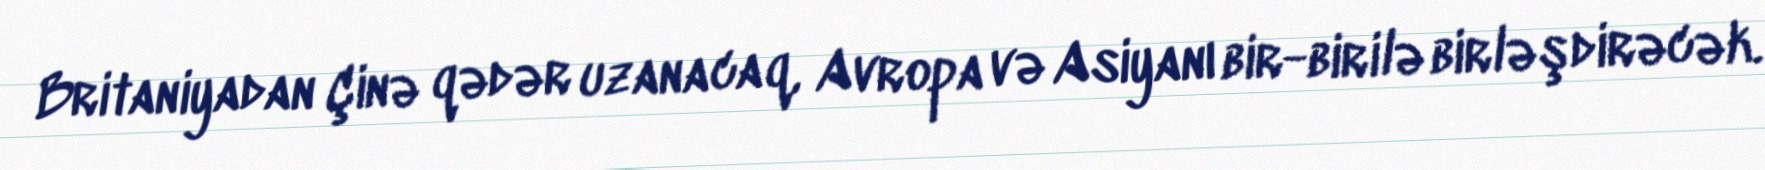
Britaniyadan Çinə qədər uzanacaq, Avropa və Asiyanı bir-birilə birləşdirəcək.